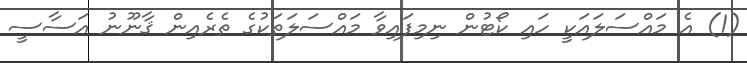
(1) އެ މައްސަލައަކީ ހައި ކޯޓުން ނިމިފައިވާ މައްސަލަތަކުގެ ތެރެއިން ޤާނޫނު އަސާސީ